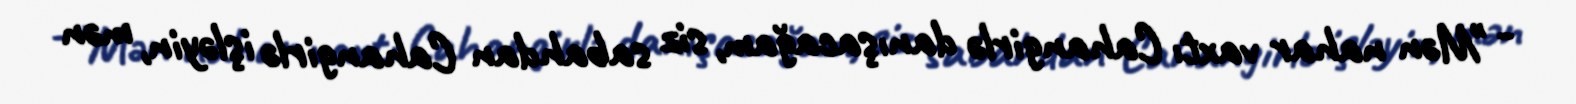
- "Mən nahar vaxtı Cahangirlə danışacağam, siz sabahdan Cahangirlə işləyin, mən